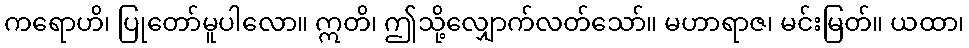
ကရောဟိ၊ ပြုတော်မူပါလော။ ဣတိ၊ ဤသို့လျှောက်လတ်သော်။ မဟာရာဇ၊ မင်းမြတ်။ ယထာ၊